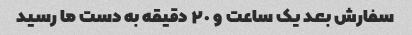
سفارش بعد یک ساعت و ٢٠ دقیقه به دست ما رسید